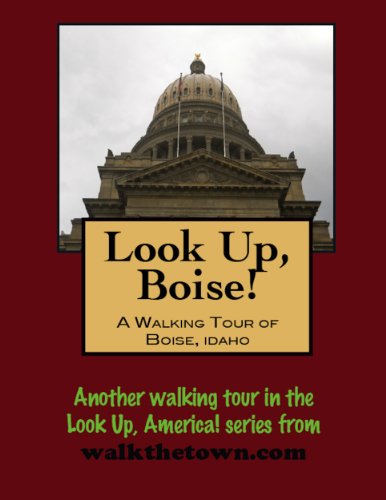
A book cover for A Walking Tour of Boise, Idaho (Look Up, America!); Doug Gelbert; Travel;